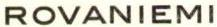
ROVANIEMI